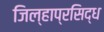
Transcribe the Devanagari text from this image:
जिल्हाप्रसिद्ध